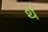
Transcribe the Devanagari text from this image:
थं